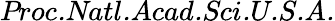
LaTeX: \textit{Proc.Natl.Acad.Sci.U.S.A.}